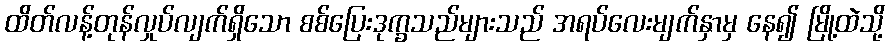
ထိတ်လန့်တုန်လှုပ်လျက်ရှိသော စစ်ပြေးဒုက္ခသည်များသည် အရပ်လေးမျက်နှာမှ နေ၍ မြို့ထဲသို့